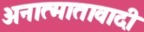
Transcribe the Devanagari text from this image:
अनात्मातावादी